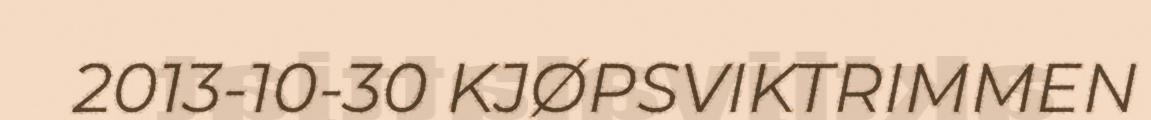
2013-10-30 KJØPSVIKTRIMMEN